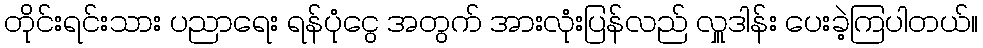
တိုင်းရင်းသား ပညာရေး ရန်ပုံငွေ အတွက် အားလုံးပြန်လည် လှူဒါန်း ပေးခဲ့ကြပါတယ်။